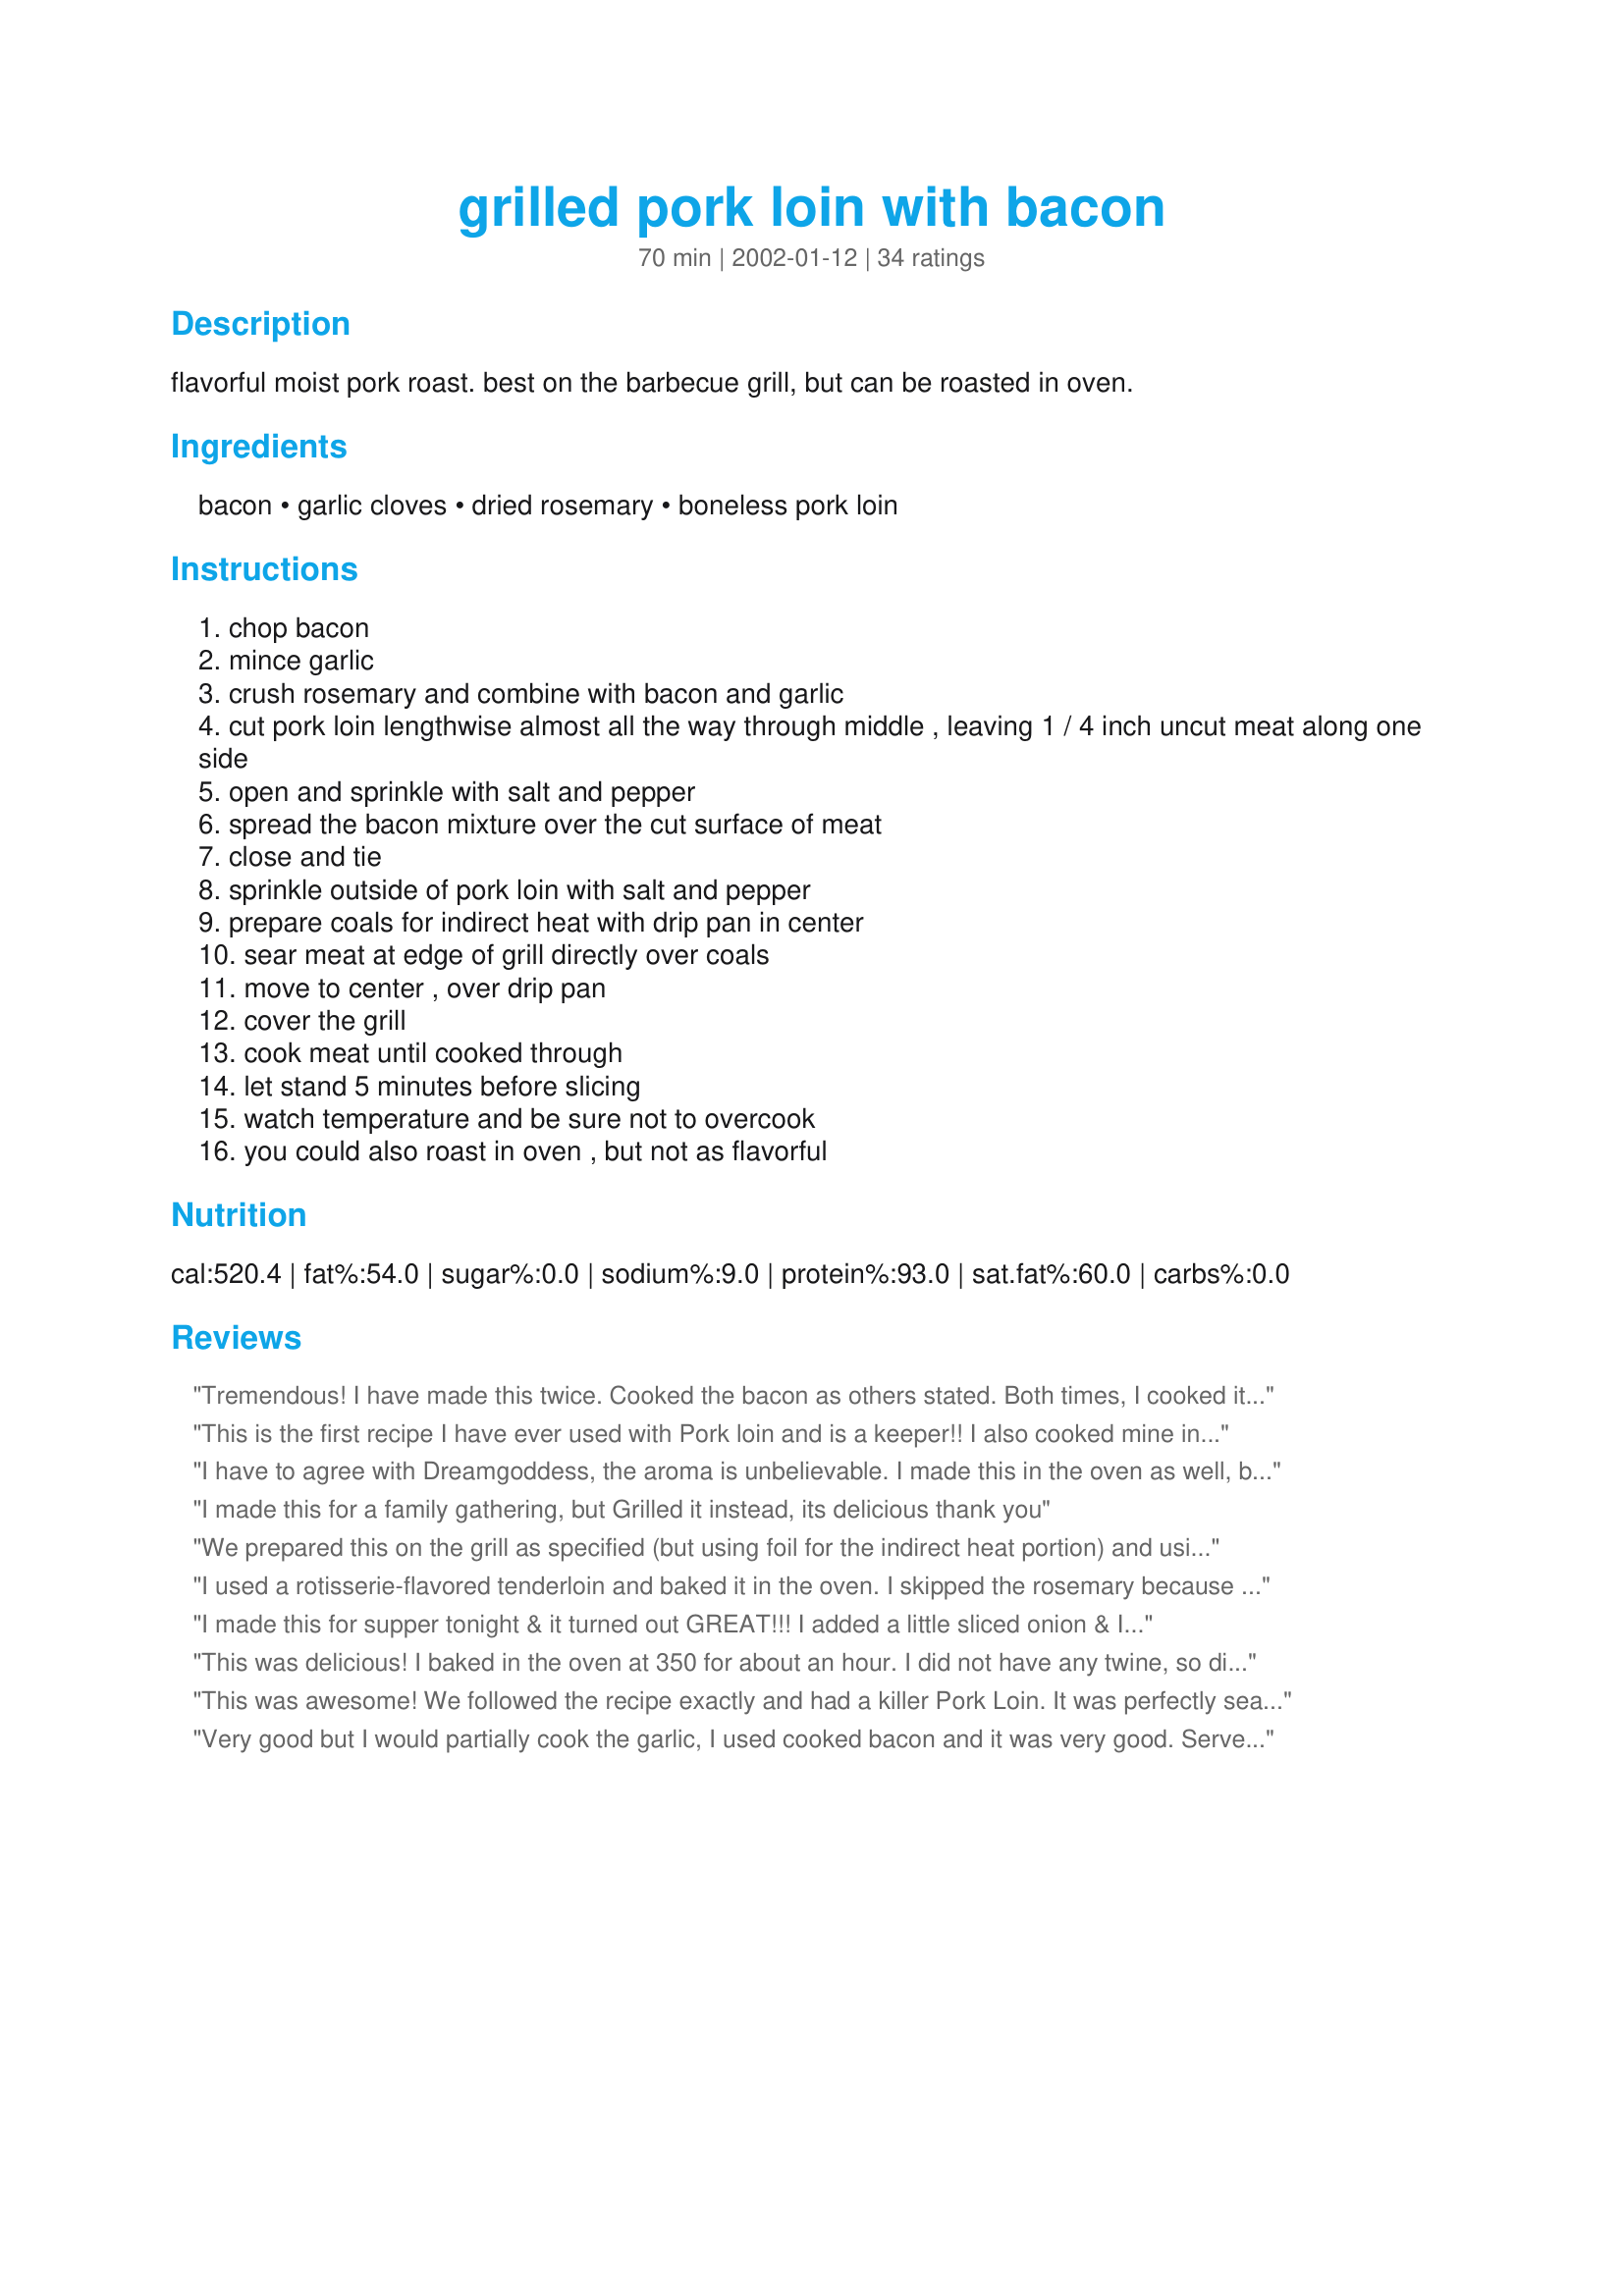
grilled pork loin with bacon
Preparation time: 70 minutes

flavorful moist pork roast. best on the barbecue grill, but can be roasted in oven.

Ingredients:
bacon, garlic cloves, dried rosemary, boneless pork loin

Steps:
chop bacon
mince garlic
crush rosemary and combine with bacon and garlic
cut pork loin lengthwise almost all the way through middle , leaving 1 / 4 inch uncut meat along one side
open and sprinkle with salt and pepper
spread the bacon mixture over the cut surface of meat
close and tie
sprinkle outside of pork loin with salt and pepper
prepare coals for indirect heat with drip pan in center
sear meat at edge of grill directly over coals
move to center , over drip pan
cover the grill
cook meat until cooked through
let stand 5 minutes before slicing
watch temperature and be sure not to overcook
you could also roast in oven , but not as flavorful

Reviews:
Tremendous! I have made this twice. Cooked the bacon as others stated. Both times, I cooked it in the oven first. First time for 40 minutes, this was too long. Second time, 25 minutes, using a thermometer to check the temp and it was barely 160* at that point. Finished it on the grill-about another 15 minutes. Much better the second time! I prefer my pork loin to be about 165 - 168* and this worked well doing it this way. I am putting this recipe in my BEST OF ZAAR so far cookbook. Thanks!
This is the first recipe I have ever used with Pork loin and is a keeper!! I also cooked mine in the oven with seasoned red potatoes. I wasn't sure if the bacon was supposed to be cooked ahead of time so I didn't cook mine. I also seared the loin before putting it in the oven. I think I may have over cooked it a bit cuz it seemed a little dry to me but my 15 year-old son said he thought it was incredibly moist for pork. Thank you for a wonderful recipe.
I have to agree with Dreamgoddess, the aroma is unbelievable. I made this in the oven as well, but i made a bed for the roast of Halved new red potatoes tossed with olive oil and rosemary. I put the roast on top of it and cooked at 325 till done. (about 1 hour) it was delicious! thanks for the recipe!
I made this for a family gathering, but Grilled it instead, its delicious

thank you
We prepared this on the grill as specified (but using foil for the indirect heat portion) and using a 3.5 pound pork tenderloin and fresh rosemary. Very good combination of flavors. It took about 30 minutes after searing to get to 160 degrees. Next time I would cook to 150 degrees then remove. It could have been a tad moister for my liking. Thanks for posting. It was a nice way to prepare a pork roast in the summer heat without heating up the house!
I used a rotisserie-flavored tenderloin and baked it in the oven. I skipped the rosemary because I don't like it. The rotisserie flavor overpowered the bacon/garlic filling. In the future, I will get a plain tenderloin and add my own spices.
I made this for supper tonight & it turned out GREAT!!! I added a little sliced onion & I roasted it in the oven @ 325 for 90 minutes. It was VERY flavorful, moist & tender! Will most definately make it again!!! THANKS for sharing!!!
This was delicious! I baked in the oven at 350 for about an hour. I did not have any twine, so did not tie it. Even though it wasn't tied, it was still delicious. Kids ate it too! I will definitely make this again. Thanks!
This was awesome! We followed the recipe exactly and had a killer Pork Loin. It was perfectly seared on the outside and moist and tender on the inside with great flavor! YUM!!
Very good but I would partially cook the garlic, I used cooked bacon and it was very good. Served with Recipe #10481.
This is the first recipe I have ever used on here. The wife was getting tired of the other ways I was cooking pork loin (Adkins diet and all) and when I told her she was less than excited. But after cooking it and her reaction to it its definately a keeper around my house. Easy to prep and great tasting what else can you ask for?
My husband LOVED this! I cooked it in the oven and cut the rosemary in half. My husband does not go on and on about the things I cook often, but this one he did! Thanks for a great recipe!
used hickory chips after searing on the grill. gave it a little extra flavor
We did this on the grill and it was very moist. I used proscuitto instead of bacon, very tasty and quick (only 25 min on grill)
Very nice and simple recipe. After reading Lt. Amy's review I pre-cooked the bacon, also baked in the oven as our grill is broken right now. The flavor was very nice and it went together easy. Served with fried potatoes and pigeon peas.
It was so easy to make and called for ingredients I already had. My husband loved it. I should have precooked the bacon as BonnieG stated but it was still delicious. Thank you!
Easy, Tender, Aromatic, Delicious and Fabulous! I followed instructions. Since my grill does not have an indirect heat shield I put aluminum foil under it after the critical browning phase and it was great!!! I used 2 fresh tender sprigs of Rosemary from the garden was the other slight substitution. 
HOWEVER - if you did this to a tenderloin, I think it would be OUT OF THIS WORLD!!!
Tasty. I made in the oven as well. The directions do not say too pre-cook or not the bacon. I didn't and it was a left a little too soft and fatty for my taste.
Have made pork loin wrapped with bacon on the grill before with crushed fennel seed and its incredible that way so modified this accordingly: We have an herb garden ready for harvest so chopped some rosemary and mixed with garlic and maple bacon. Made a bed of sliced potatoes and onions with a few sprigs of rosemary and couple sprigs of tyme. Rubbed with olive oil. Sprinkled extra bacon mix around and placed the loin on top, fat side up. I had to sprinkle a few fennel seeds on top along with the salt and pepper. Baked at 450 for 10 minutes and down to 350 for the balance of 1 hour. Rest for 10 minutes - was moist with a perfect blend of flavors!
My DH liked this receipe very much but I found the rosmary to be a bit strong. Still a pretty good dish.
This recipe was great! I put mine in the oven with rosemary-sprinkled potatoes and a can of chicken broth for close to 2hrs at 350 and it was a big hit with my family! I thought the bacon flavor would be overpowering but it was just right and the rosemary just brought the two flavors together nicely. I'll be making this one again! Thanks!
Nice, easy, tasty recipe. What more could you ask for. I used thin cut pork loin, wrapped them around the bacon, then put them on skewers in the broiler, or on the grill. I served it with mashed potatoes and a veggie. Made a great meal.
Great recipe, and if you like potatoes and you're grilling the loin then throw the potatoes in the drip pan with some salt - you will NOT regret it.
very good recipe even cooked in the oven! i can't wait to try it on the grill when we get a new grate!!
I have to tell you that this is one of the best pork recipes I have tried in quite some time. The flavor is AWESOME! I used fresh rosemary from my herb garden and the aroma of the garlic and smokey bacon combined with the herb was wonderful as it was grilling. The recipe was easy enough for any dinner, but the presentation when sliced makes it special enough for an event or occassion. If you are looking for a new way to fix pork loin, you should really try this!!
Great recipe. Made this while camping, so I cooked it over a camp fire. I wrapped the roast in foil and cooked it for maybe 20 minutes, then unwrapped and let the fire do its thing. Great flavor!
I thought this was an amazing array of scents and presentation. I loved the garlic and butter mixture and it was a great entree to serve. I cooked the pork loin in the oven just shy of one hour, then finished it off on the grill. It definitely helped look more appealing! Thanks again!
We tried this last weekend. It was outstanding. I've tried other recipes for grilling pork loin and they're all good but this one is very aromatic and flavorful. There were no leftovers. We started it on the smoker with some apple wood and finshed up on the gas grill. Dinner got delayed due to a severe thunderstorm that rolled through but it was still very moist. I already have requests to do this again before the end of Summer. Thanks for posting.
I combined this recipe with the recipe Honey-Grilled Pork Loin. It came out wonderful and I would recommend doing it.
My family really enjoyed this. The changes I made were using boneless pork ribs cut into cubes. I added cubed potatoes and chunky slices of onion and cooked it in my crockpot for about 6 hours. Thank you for a delicious recipe.
I realized tonight that I haven't ever reviewed this recipe! This is a staple in our house. It's super easy to make and it tastes wonderful! We actually prefer the oven method as I find it to be jucier. This is a great "make ahead" meal.... I put everything together, put it in a food saver bag and throw it in the freezer until we are ready to cook it. Thank you for sharing!!!
For a recipe with so few ingredients, this pork loin really delivered on taste! I also cooked this in the oven, but I can't wait to try it out on the grill. The preparation was unbelievably easy. The hardest part was being teased by the wonderful aroma while we waited for it to get done! Thanks for sharing this recipe!
I made this exactly to specifications with the exception of having two pieces of pork. The crowd was overwhelmed by the aroma, taste and flavor. It cooked perfectly moist. I will definately make this again.
Yum! Coooked the bacon prior and cooked in the oven with red potatoes as another reviewer did. Was really good, but will try it on the grill next time to get that added smokey flavor.
